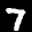
Label: 7